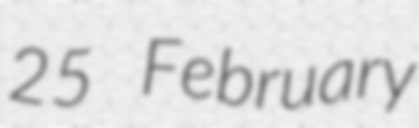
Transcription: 25 February